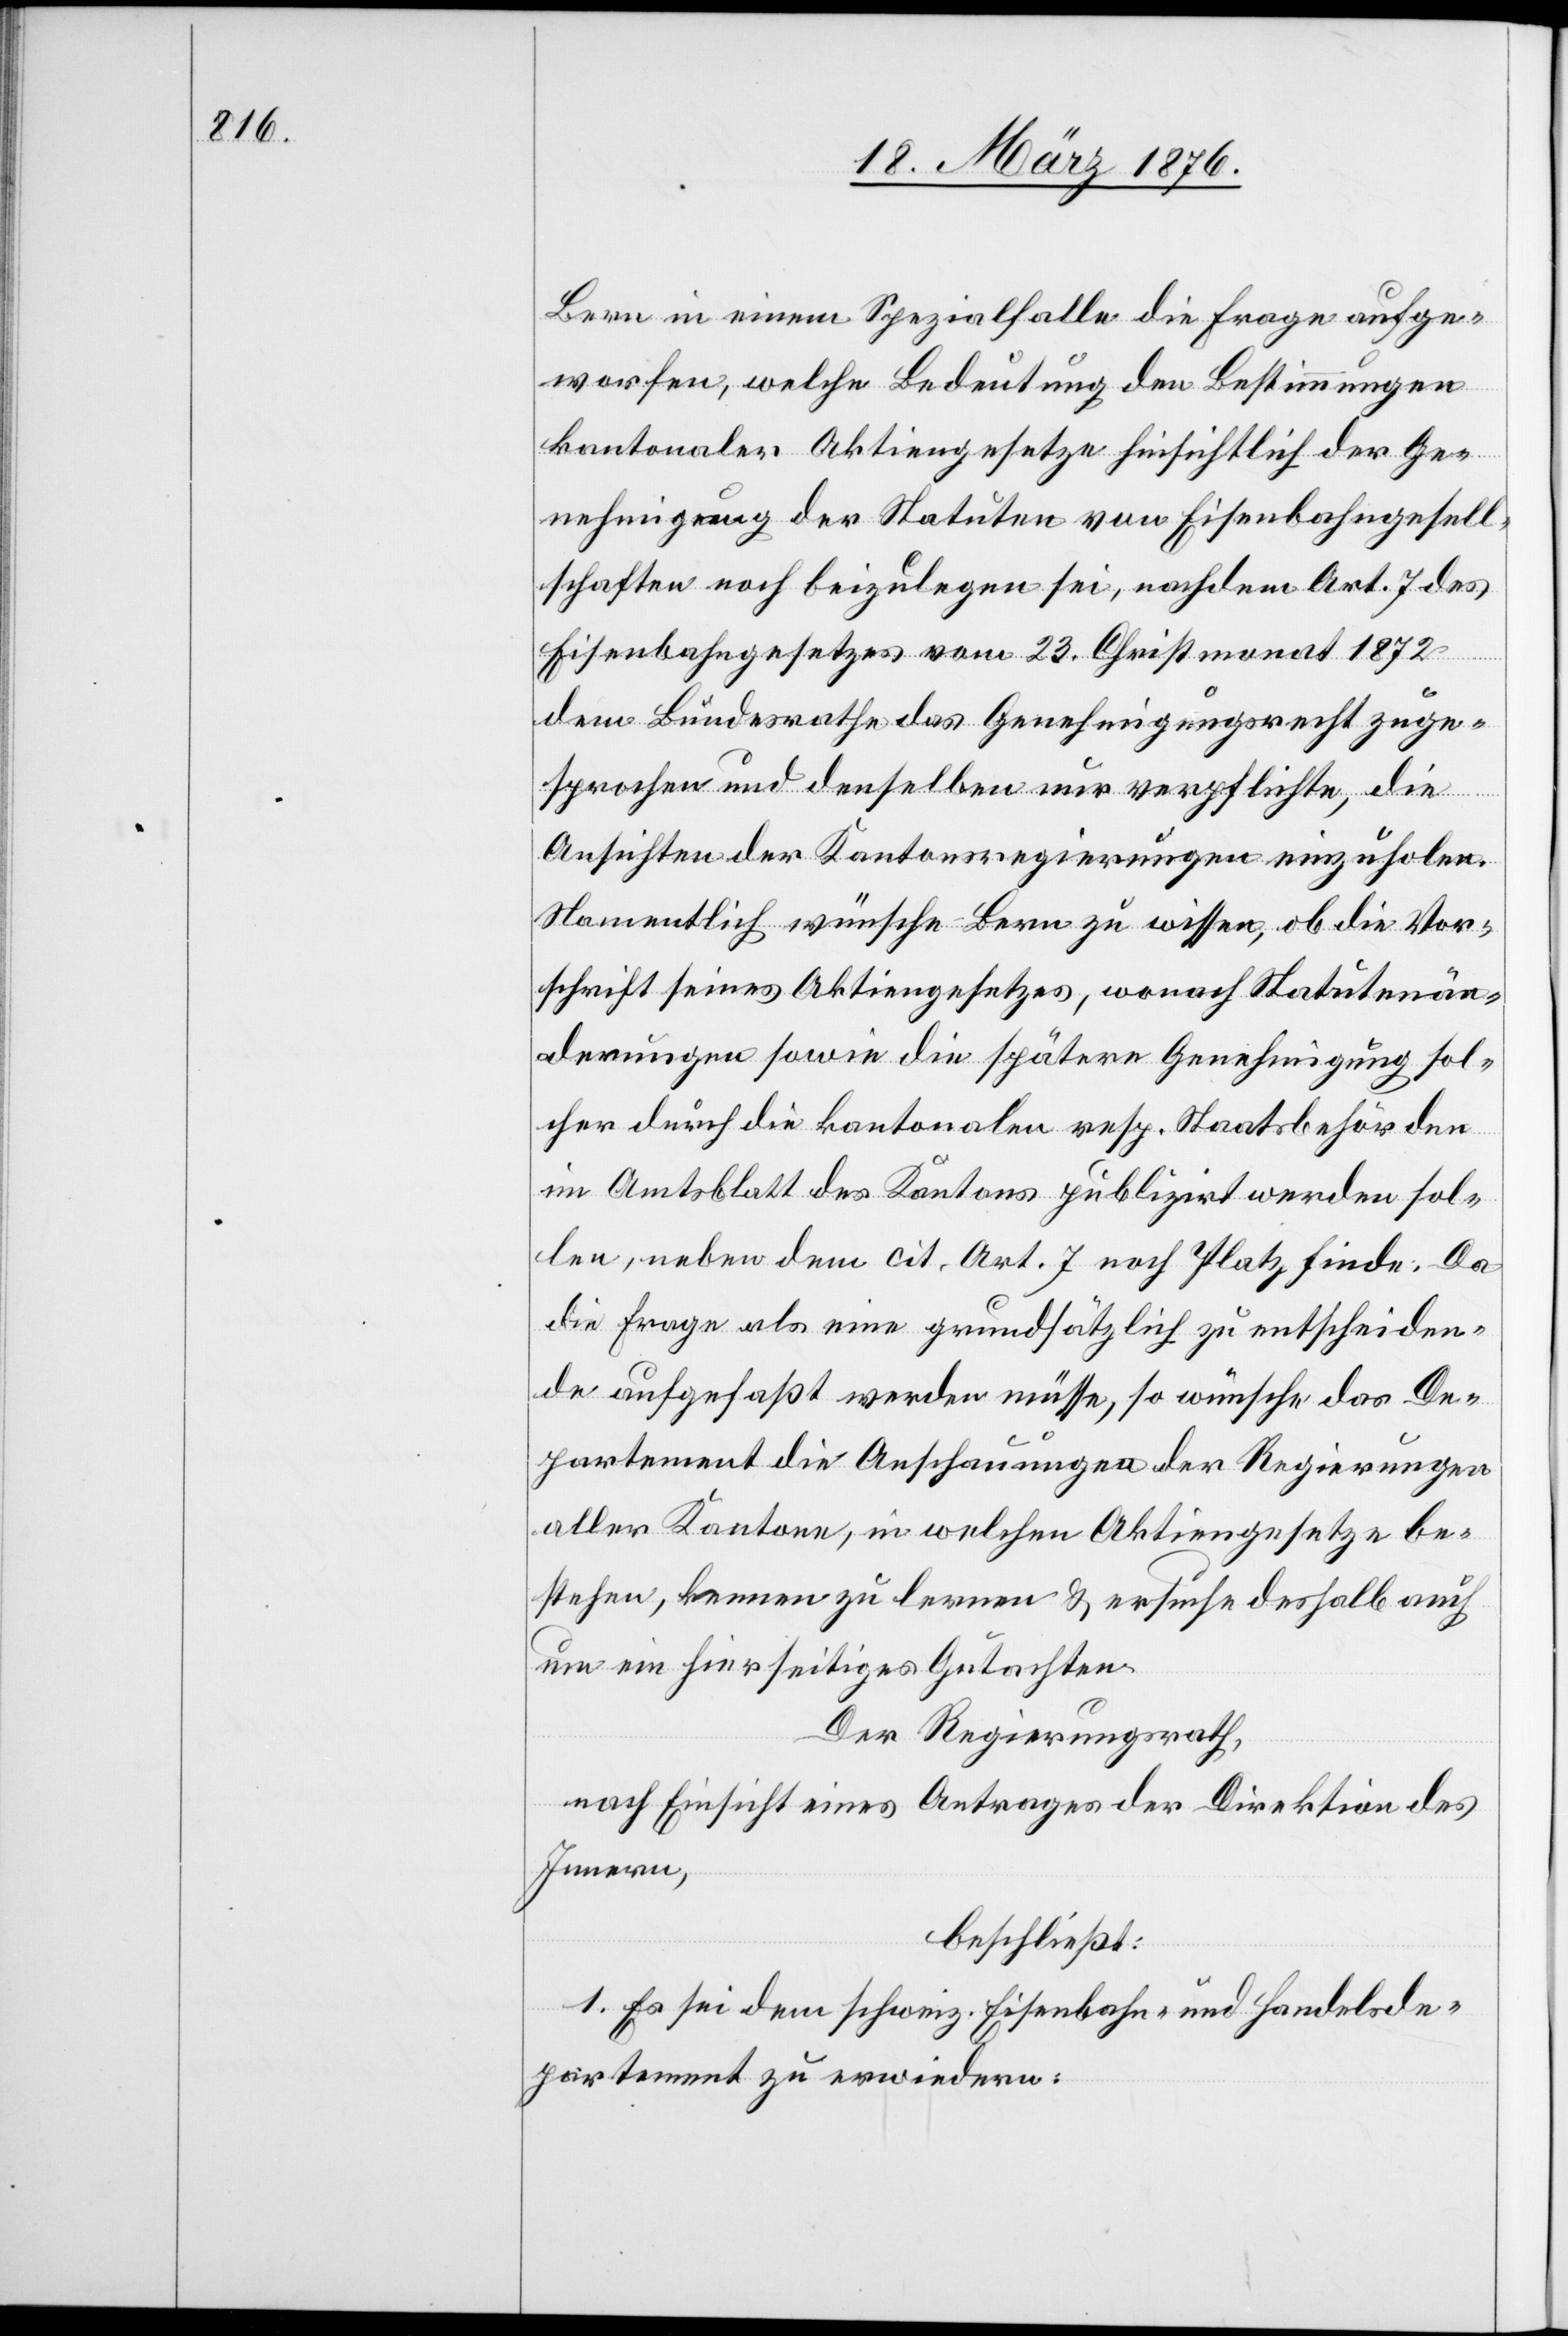
Bern in einem Spezialfalle die Frage aufge¬
worfen, welche Bedeutung den Bestimmungen
kantonaler Aktiengesetze hinsichtlich der Ge¬
nehmigung der Statuten von Eisenbahngesell¬
schaften noch beizulegen sei, nachdem Art. 7 des
Eisenbahngesetzes vom 23. Christmonat 1872
dem Bundesrathe das Genehmigungsrecht zuge¬
sprochen und denselben nur verpflichte, die
Ansichten der Kantonsregierungen einzuholen.
Namentlich wünsche Bern zu wissen, ob die Vor¬
schrift seines Aktiengesetzes, wonach Statutenän¬
derungen sowie die spätere Genehmigung sol¬
cher durch die kantonalen resp. Staatsbehörden
im Amtsblatt des Kantons publizirt werden sol¬
len, neben dem cit. Art. 7 noch Platz finde. Da
die Frage als eine grundsätzlich zu entscheiden¬
de aufgefaßt werden müsse, so wünsche das De¬
partement die Anschauungen der Regierungen
aller Kantone, in welchen Aktiengesetze be¬
stehen, kennen zu lernen & ersuche deshalb auch
um ein hierseitiges Gutachten.
Der Regierungsrath,
nach Einsicht eines Antrages der Direktion des
Innern,
beschließt:
1. Es sei dem schweiz. Eisenbahn- und Handelsde¬
partement zu erwiedern: